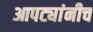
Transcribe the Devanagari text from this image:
आपट्यांनीच